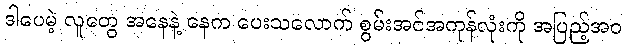
ဒါပေမဲ့ လူတွေ အနေနဲ့ နေက ပေးသလောက် စွမ်းအင်အကုန်လုံးကို အပြည့်အဝ